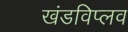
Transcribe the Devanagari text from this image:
खंडविप्लव